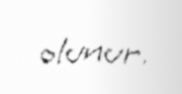
olunur.